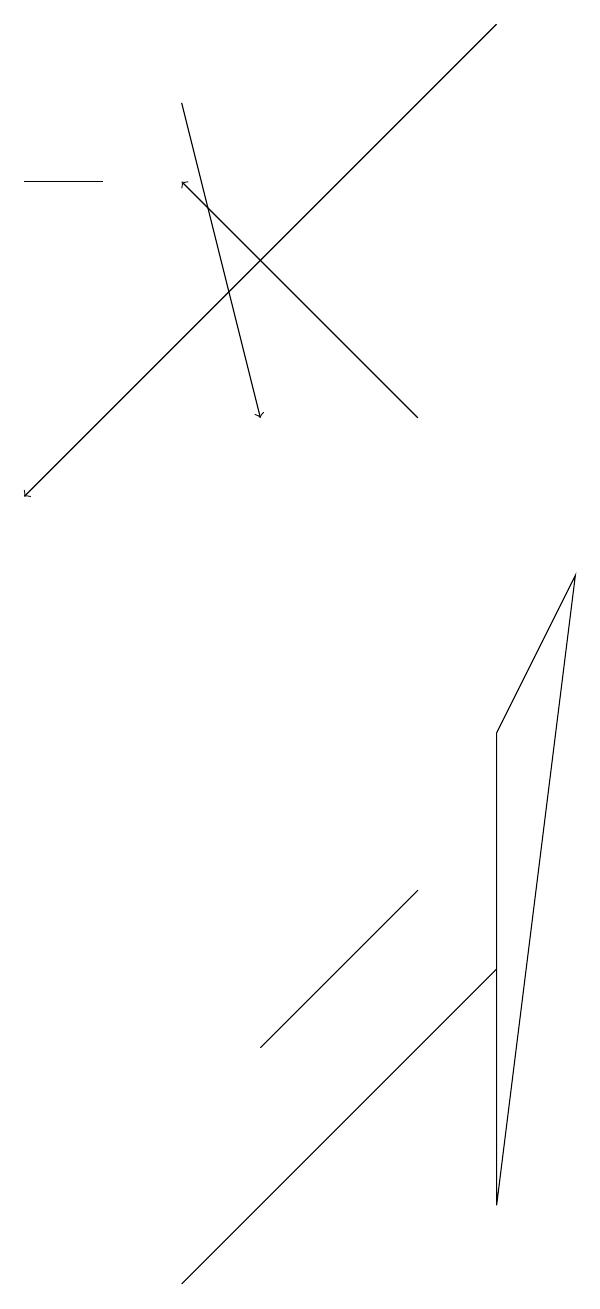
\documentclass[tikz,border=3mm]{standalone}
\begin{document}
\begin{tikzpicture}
\draw (4,3) -- (4,3) -- (6,5) -- cycle;
\draw (2,14) rectangle (1,14);
\draw (7,4) -- (3,0) -- (7,4) -- cycle;
\draw[->] (3,15) -- (4,11);
\draw[->] (6,11) -- (3,14);
\draw (8,9) -- (7,7) -- (7,1) -- cycle;
\draw[->] (7,16) -- (1,10);
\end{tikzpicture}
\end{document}